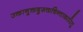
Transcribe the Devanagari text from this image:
उक्तानुक्तदुरूक्तचिन्ताकारितु